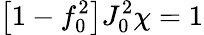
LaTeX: \big[1-f_{0}^{2}\big]J_{0}^{2}\chi=1